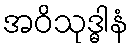
အဝိသုဒ္ဓါနံ